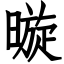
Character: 暶